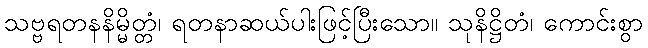
သဗ္ဗရတနနိမ္မိတ္တံ၊ ရတနာဆယ်ပါးဖြင့်ပြီးသော။ သုနိဋ္ဌိတံ၊ ကောင်းစွာ